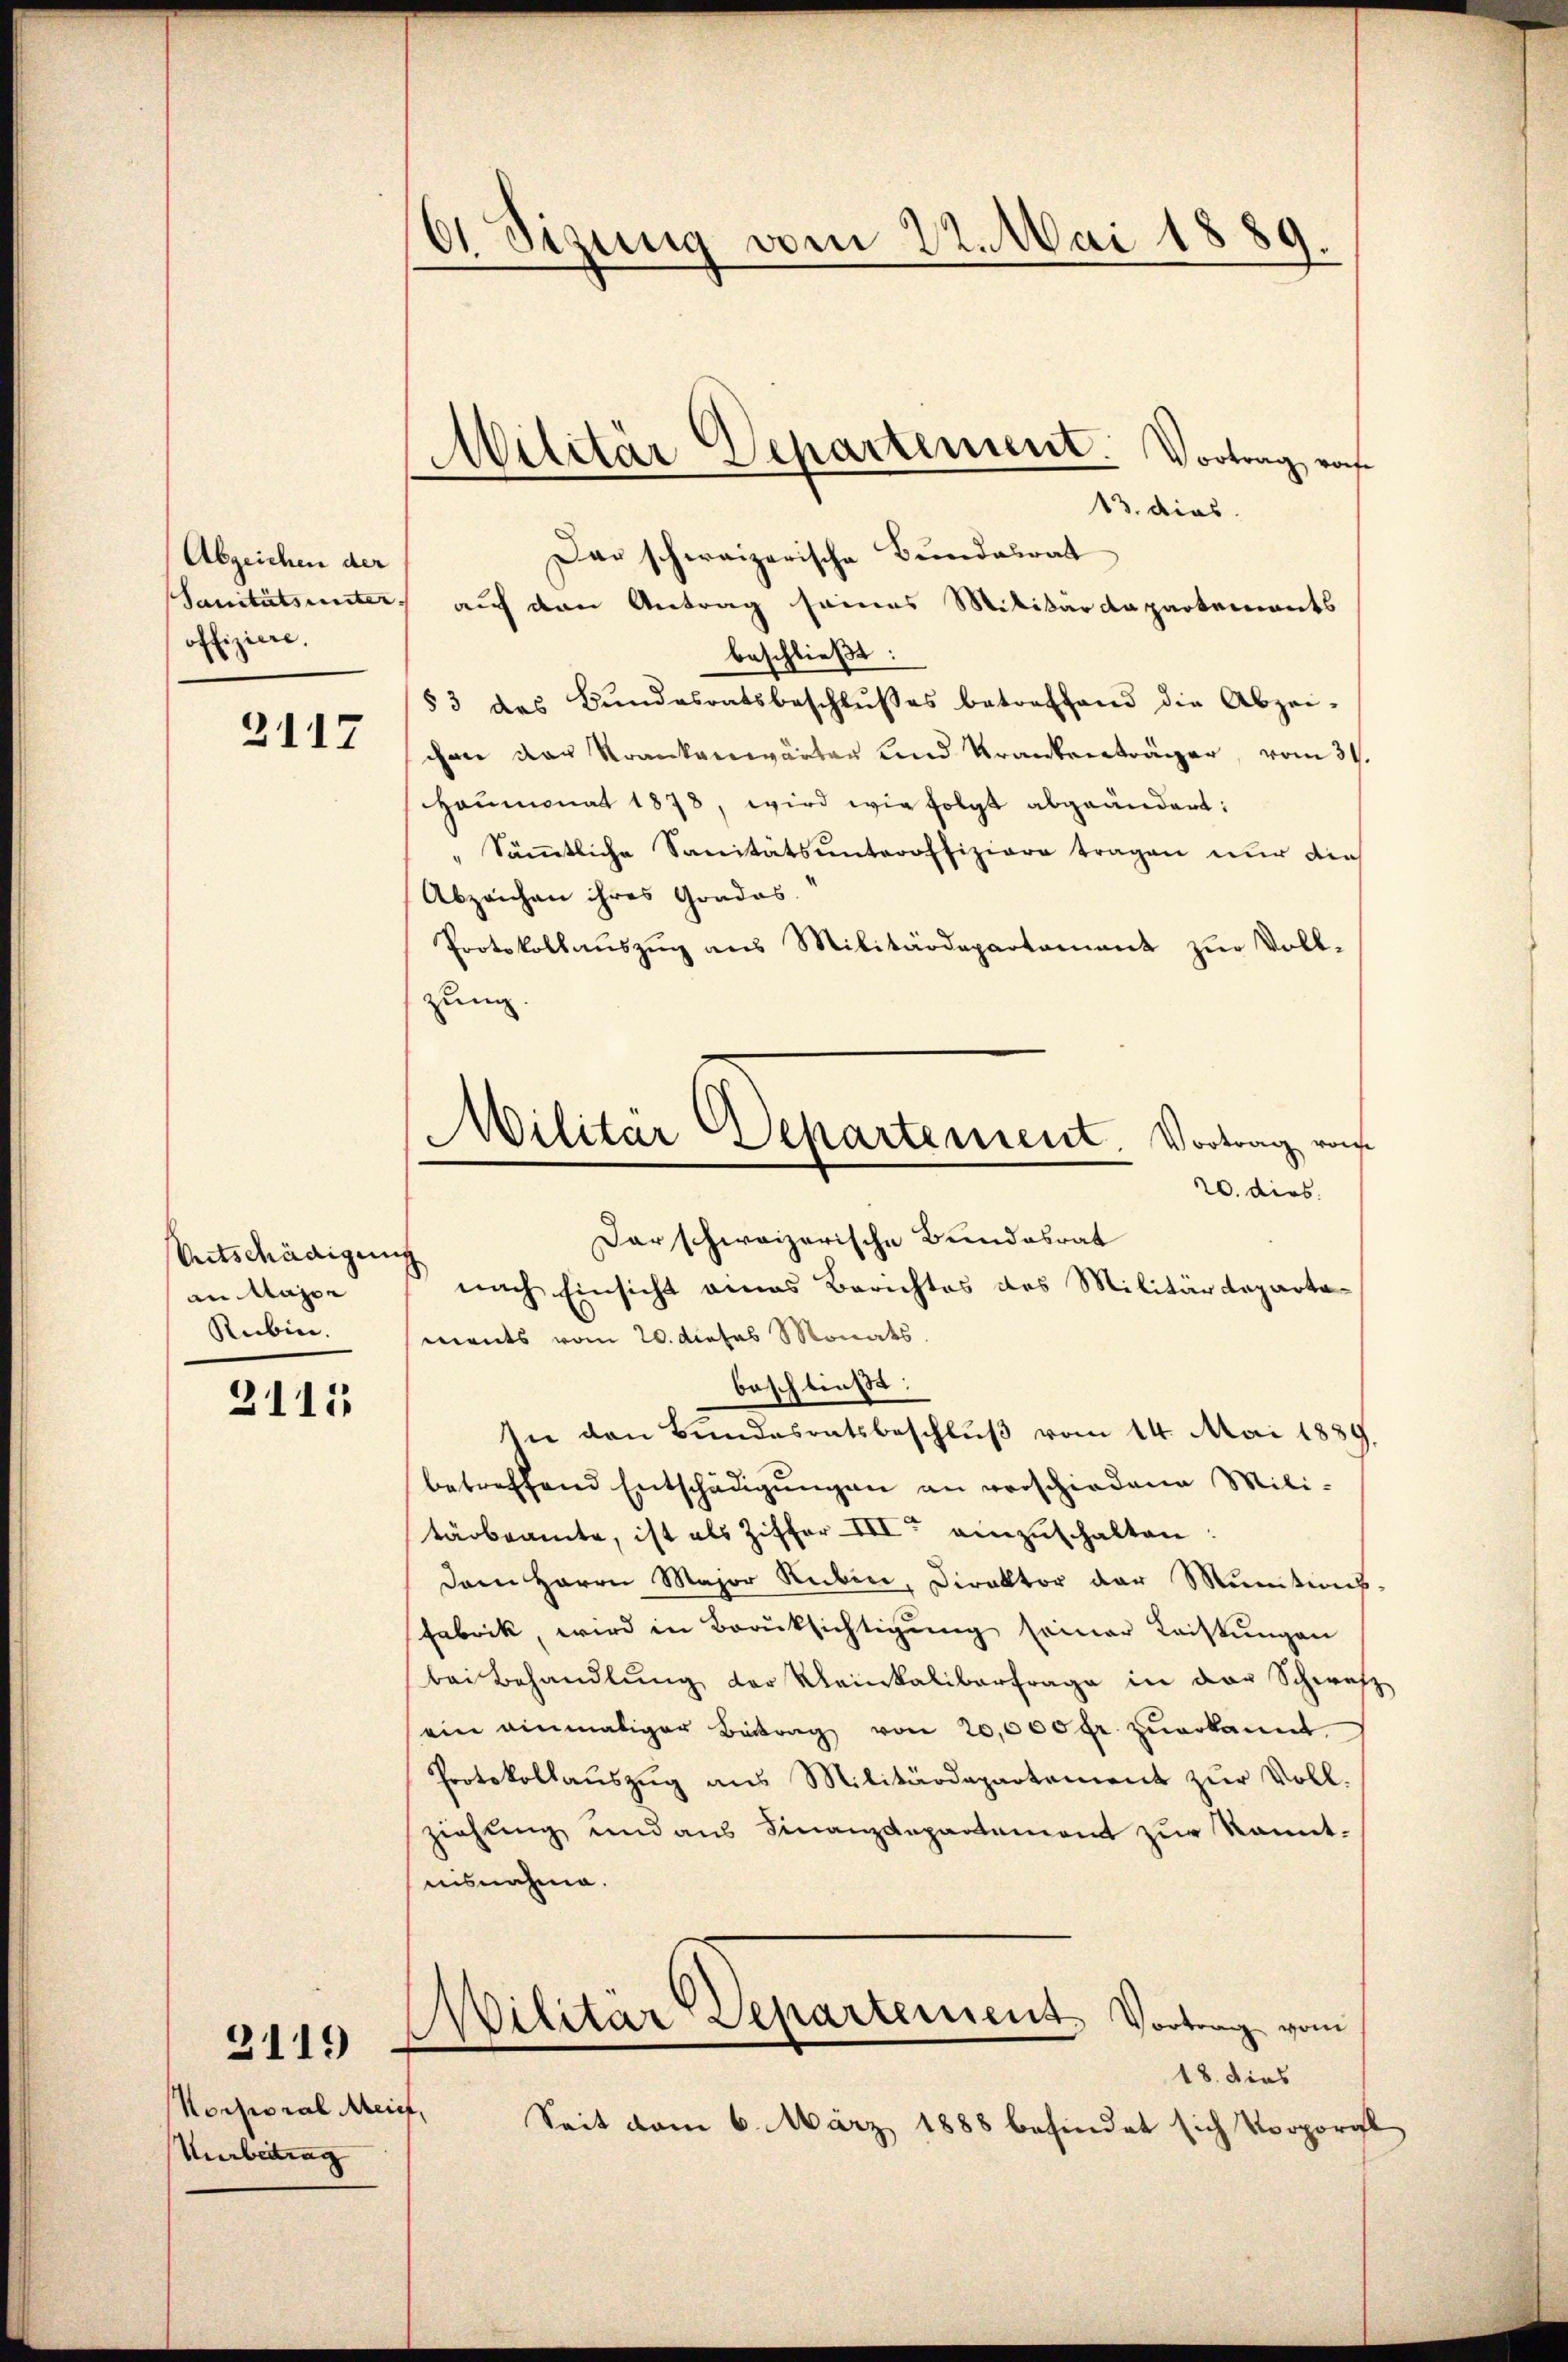
Abzeichen der
offiziere.

2117

Entschädigun
an Maje
Rubin.

2115

Korporal Meief,
Uerbeitrag

3119

6 Sizung vom 22. Mai 1889.

Militar Departement. Vortrag rof
.

13. dies
Das schweizerische Bundesrat
SSanitätsunter auf den Antrag seines Militärdepartements
beschließt:
§3 das Bŭndesratsbeschlŭsses betreffend die Abzei-
chen der Krankenwärten und Krankenträger, vom 31.
Haumonat 1878, wird wie folgt abgeändert:
" Säṁtliche Sanitätsunteroffiziare tragen nur die
Abzeichen ihres Grades.
Protokollauszug aus Militärdepartament zur Voll-
zung.
nach Einsicht eines Berichtes des Militärdepartaments vom 20. dieses Monats.
beschließt:
In den Bundesratsbeschluß vom 14. Mai 1839.
betreffend Entschädigŭngen an verschiedene Mili-
tärbeamte, ist als Ziffer III einzŭschalten.
Dem Herrn Major Rubin, Direktor der Munitions-
Fabrik, wird in Berüksichtigung seiner Leistungen
bei Behandlung der Kleinkalibertrage in der Schweiz
ein einmaliger Beitrag von 20,000 fr. zŭerkannt
Protokollauszug aus Militärdepartement zur Vollziehung und aus Finanzdepartement zur kanntnisnahme.
Militar Separtement, Vortrag vom
18. dies
Seit vom 6. März 1888 befindet sich Vorporgl

e
Militär Departement. Vortrag von
20. dies
Dar schweizerische Bundesrat
¬